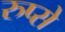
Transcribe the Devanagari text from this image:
रुप्से